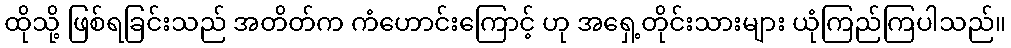
ထိုသို့ ဖြစ်ရခြင်းသည် အတိတ်က ကံဟောင်းကြောင့် ဟု အရှေ့တိုင်းသားများ ယုံကြည်ကြပါသည်။